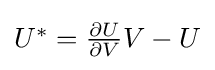
{\textstyle U^{*}={\frac {\partial U}{\partial V}}V-U}